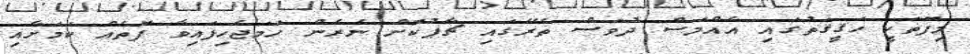
މިފޮތަކީ ހަޤީޤަތުގައި އެއްމަސް ދުވަސް ތެރޭގައި ޗާޕުކޮށް ނެރެން ހަމަޖެހިފައިވާ ފޮތެއް ކަމަށާއި